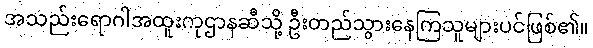
အသည်းရောဂါအထူးကုဌာနဆီသို့ ဦးတည်သွားနေကြသူများပင်ဖြစ်၏။